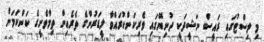
މި ލިސްޓުގައި ރައީސް ނަޝީދަކީ ދުނިޔޭގައި ވެރިކަންކުރައްވާ ލީޑަރުންގެ ތެރެއިން ތިމާވެށީގެ ކަންކަމަށް